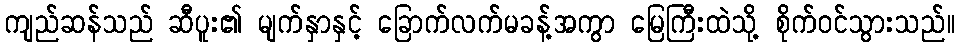
ကျည်ဆန်သည် ဆီပူး၏ မျက်နှာနှင့် ခြောက်လက်မခန့်အကွာ မြေကြီးထဲသို့ စိုက်ဝင်သွားသည်။